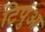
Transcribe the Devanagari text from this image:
टिपुआ